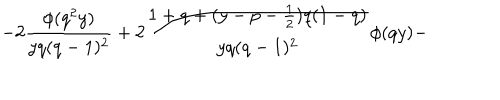
LaTeX: - 2 \frac { \phi ( q ^ { 2 } y ) } { y q ( q - 1 ) ^ { 2 } } + 2 \frac { 1 + q + ( y - p - \frac { 1 } { 2 } ) q ( 1 - q ) } { y q ( q - 1 ) ^ { 2 } } \phi ( q y ) -